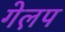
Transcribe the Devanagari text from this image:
गेल़प